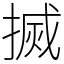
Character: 搣